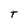
Character: T